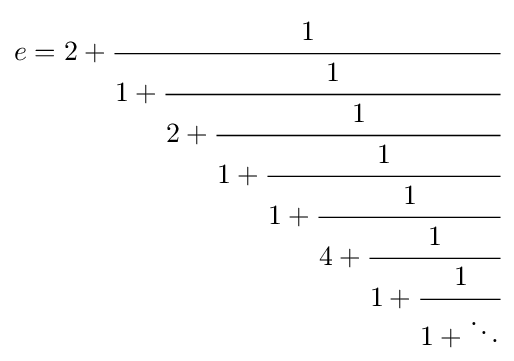
e=2+{\cfrac {1}{1+{\cfrac {1}{2+{\cfrac {1}{1+{\cfrac {1}{1+{\cfrac {1}{4+{\cfrac {1}{1+{\cfrac {1}{1+\ddots }}}}}}}}}}}}}}